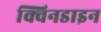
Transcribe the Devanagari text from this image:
क्विनडाइन